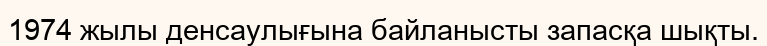
1974 жылы денсаулығына байланысты запасқа шықты.